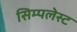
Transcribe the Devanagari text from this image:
सिम्पलेस्ट